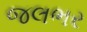
જલભર